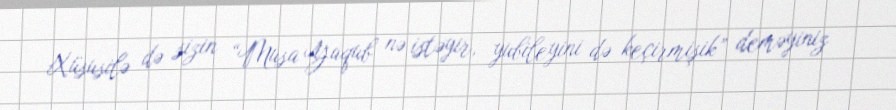
Xüsusilə də sizin “Musa Yaqub nə istəyir, yubileyini də keçirmişik” deməyiniz